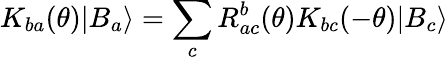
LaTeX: K_{ba}(\theta)|B_{a}\rangle=\sum_{c}R_{ac}^{b}(\theta)K_{bc}(-\theta)|B_{c}\rangle